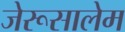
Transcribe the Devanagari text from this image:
जेरूसालेम